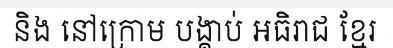
និង នៅក្រោម បង្គាប់ អធិរាជ ខ្មែរ